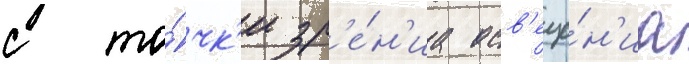
с то́чк'и зр'е́н'иа осв'еще́н'иа